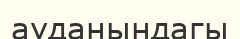
ауданындагы